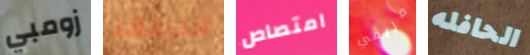
زومبي سينفذ امتصاص فريقي الحافله